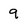
Character: 9